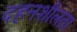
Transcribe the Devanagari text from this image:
दहनशीलता